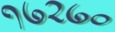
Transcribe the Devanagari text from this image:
१७२७०